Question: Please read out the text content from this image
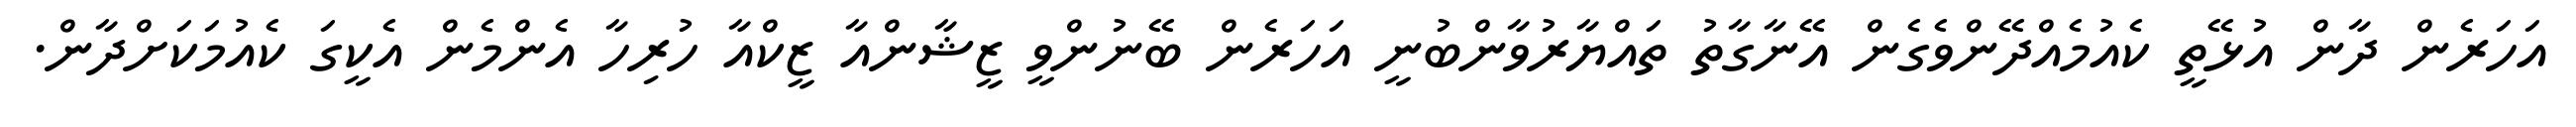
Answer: އަހަރެން ދާން އުޅޭތީ ކެއުމެއްދޭންވެގެން އޭނާގާތު ތައްޔާރުވާންބުނީ އަހަރެން ބޭނުންވީ ޒީޝާންއާ ޒީކްއާ ހުރިހާ އެންމެން އެކީގަ ކެއުމަކަށްދާން.